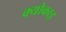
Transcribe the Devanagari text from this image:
क्योकाइ